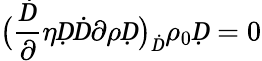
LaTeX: \big(\frac Ḋ\partial\eta ḌḊ\partial\rho Ḍ\big)_{Ḋ}\rho_{0}Ḍ=0